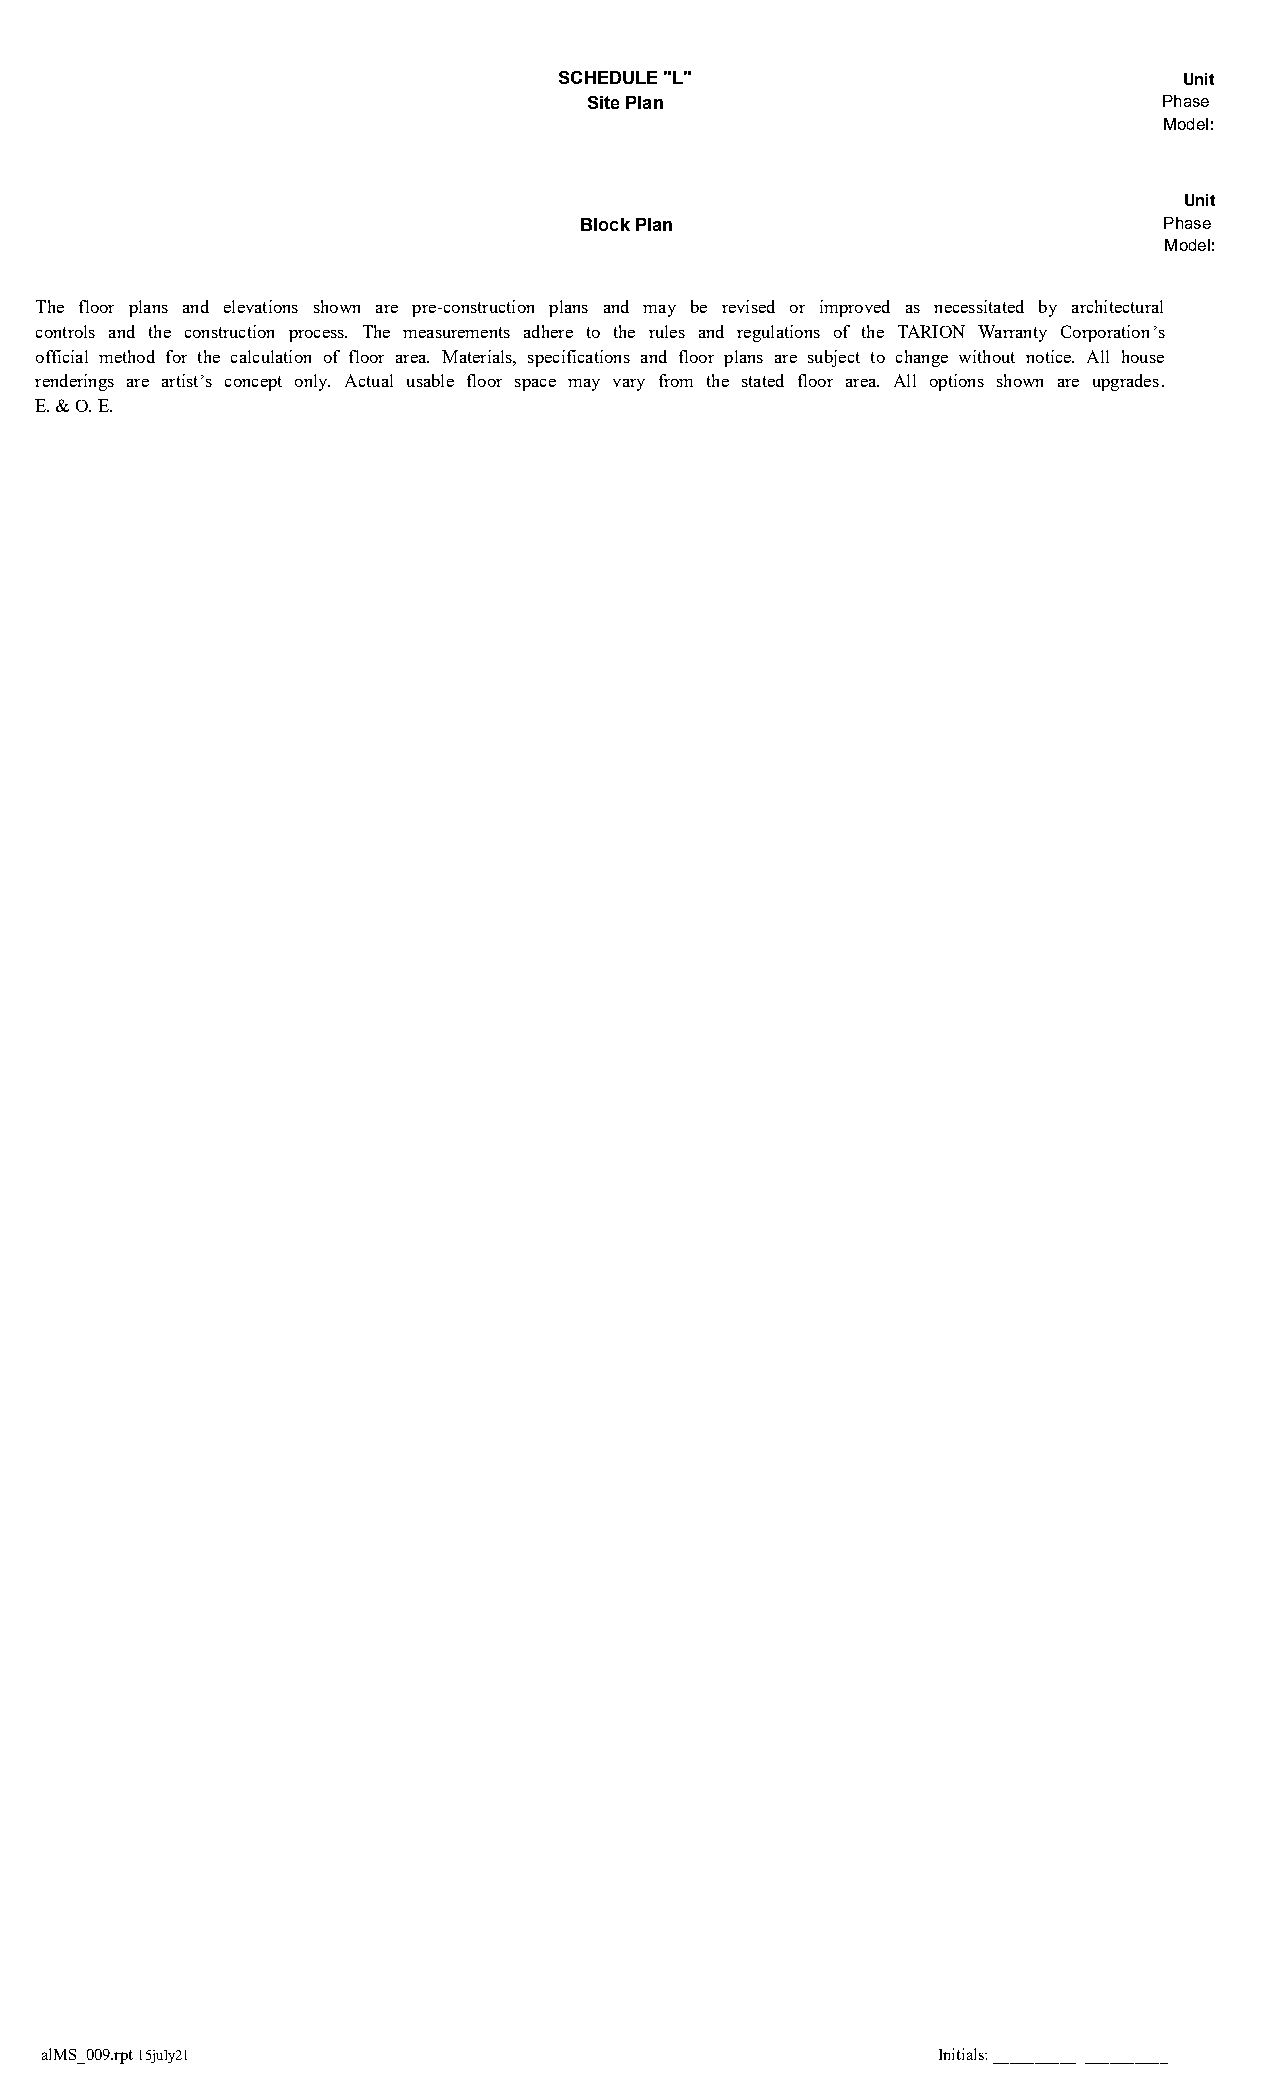
SCHEDULE "L"                             Unit
 Site Plan                             Phase
 Model:
 Unit
 Block Plan                             Phase
 Model:
 The floor plans and elevations shown are pre-construction plans and may be revised or improved as necessitated by architectural
 controls and the construction process. The measurements adhere to the rules and regulations of the TARION Warranty Corporation’s
 official method for the calculation of floor area. Materials, specifications and floor plans are subject to change without notice. All house
 renderings are artist’s concept only. Actual usable floor space may vary from the stated floor area. All options shown are upgrades.
 E. & O. E.
 BSTPurchaserInit4 BSTPurchaserInit3 BSTPurchaserInit2 BSTPurchaserInit1
 alMS_009.rpt 15july21                                      Initials: __________ __________